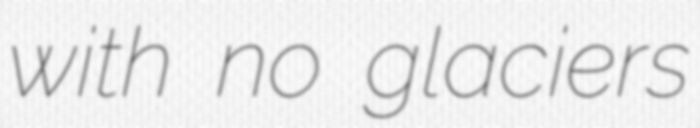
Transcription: with no glaciers